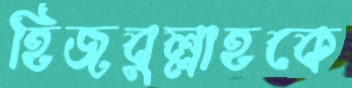
হিজবুল্লাহকে